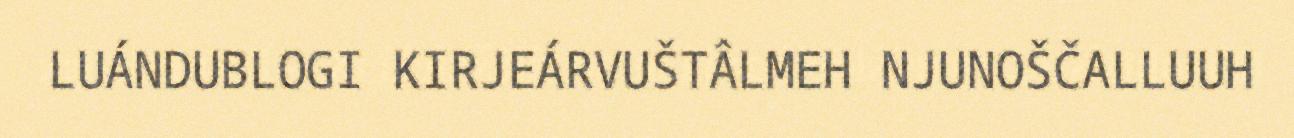
LUÁNDUBLOGI KIRJEÁRVUŠTÂLMEH NJUNOŠČALLUUH